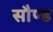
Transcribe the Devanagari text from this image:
सौण्ड